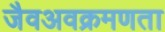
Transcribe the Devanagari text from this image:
जैवअवक्रमणता